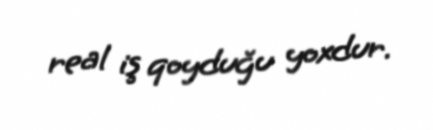
real iş qoyduğu yoxdur.